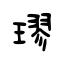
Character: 璆